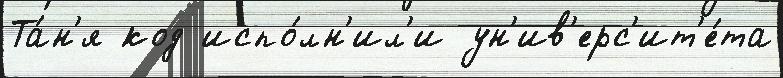
Та́н'я код испо́лн'ил'и ун'ив'ерс'ит'е́та